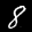
Label: 8